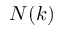
N ( k )